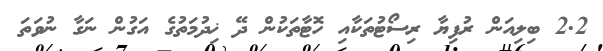
2.2 ބިލިއަން ރުފިޔާ ރިސޯޓުތަކާއި ހޮޓާތަކުން ދޭ ޚިދުމަތުގެ އަގުން ނަގާ ނުވަތަ